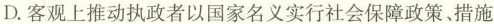
D.客观上推动执政者以国家名义实行社会保障政策、措施